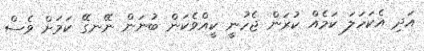
އަދި އެކަހަލަ ކަމެއް ކުރަން ޖެހުނީ ކީއްވެކަން ބުނަން ނޭނގޭ ކަމަށް ވެސް